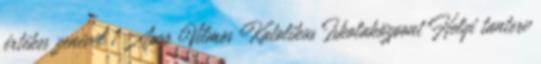
értékes zenével 1 Apor Vilmos Katolikus Iskolaközpont Helyi tanterv